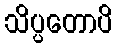
သိပ္ပတောပိ